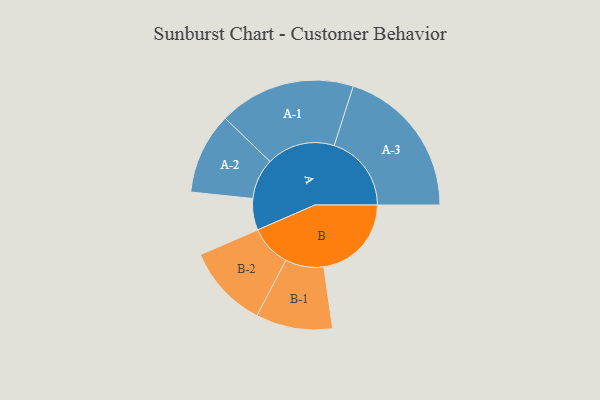
{"axis": {"x": "Segment", "y": "Value"}, "legend": ["", "A", "B"], "data": [{"x": "A", "y": 106, "type": ""}, {"x": "B", "y": 295, "type": ""}, {"x": "A-1", "y": 230, "type": "A"}, {"x": "A-2", "y": 137, "type": "A"}, {"x": "A-3", "y": 260, "type": "A"}, {"x": "B-1", "y": 129, "type": "B"}, {"x": "B-2", "y": 140, "type": "B"}]}